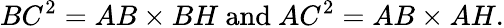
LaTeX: BC^{2}=AB\times BH{\mathrm{~and~}}AC^{2}=AB\times AH.